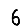
Digit: 6